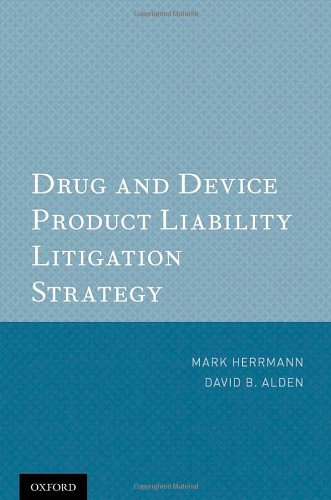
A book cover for Drug and Device Product Liability Litigation Strategy; Mark Herrmann; Law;